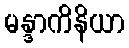
မန္ဒာကိနိယာ